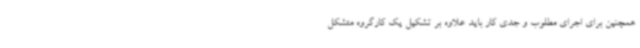
همچنین برای اجرای مطلوب و جدی کار باید علاوه بر تشکیل یک کارگروه متشکل